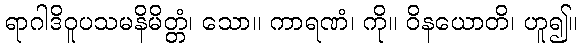
ရာဂါဒိဝူပသမနိမိတ္တံ၊ သော။ ကာရဏံ၊ ကို။ ဝိနယောတိ၊ ဟူ၍။